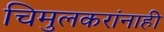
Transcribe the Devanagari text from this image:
चिमुलकरांनाही